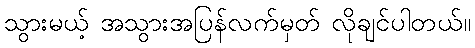
သွားမယ့် အသွားအပြန်လက်မှတ် လိုချင်ပါတယ်။